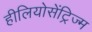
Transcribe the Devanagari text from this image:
हीलियोसेंट्रिज्म